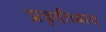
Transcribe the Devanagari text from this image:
प्रवृत्तीच्याच